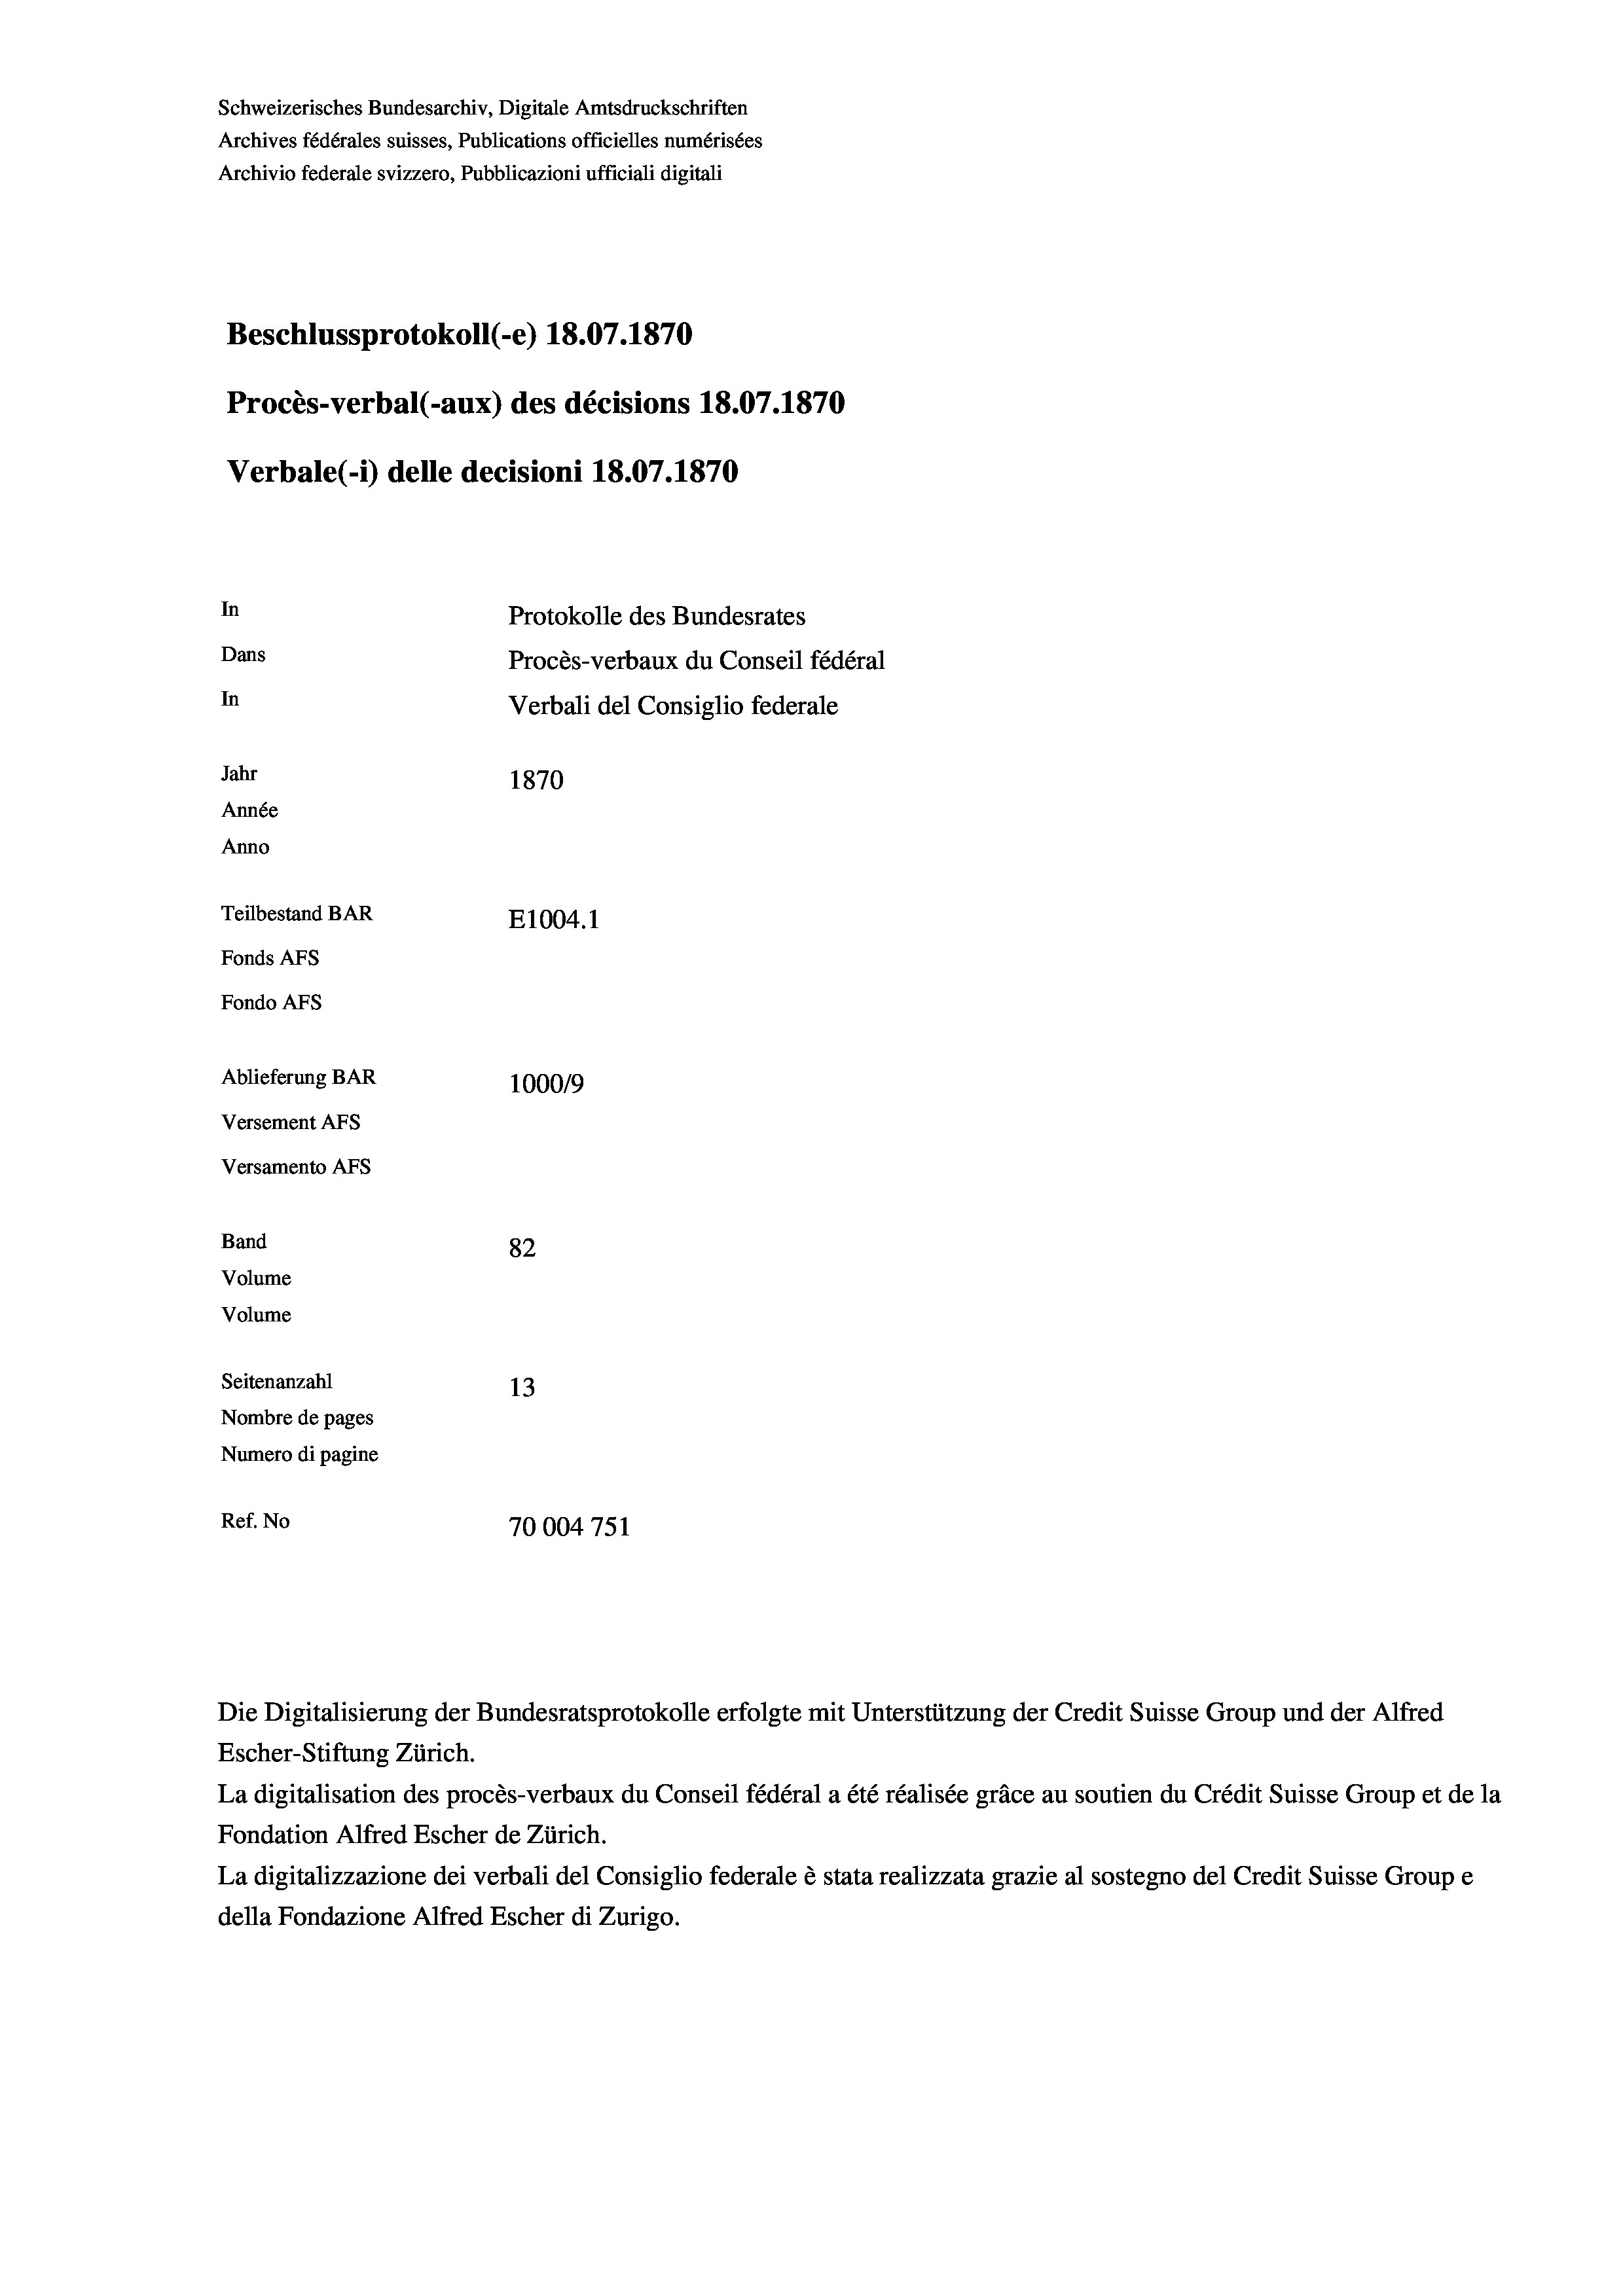
Schweizerisches Bundesarchiv, Digitale Amtsdruckschriften
Archives fédérales suisses, Publications officielles numérisées
Archivio federale svizzero, Pubblicazioni ufficiali digitali
Beschlussprotokoll (-e) 18.07. 1870
Procès-verbal (-aux) des décisions 18.07.1870
Verbale (- 1) delle decisioni 18.07.1870
In
Protokolle des Bundesrates
Dans
Procès-verbaux du Conseil fédéral
In
Verbali del Consiglio federale
Jahr
1870
Année
Anno
Teilbestand BAR
E1004.1
Fonds AFs
Fondo AFs
Ablieferung BAR
1000/9
Versement Abs
Versamento Afs
Band
82
Volume
Volume
Seitenanzahl
13
Nombre de pages
Numero di pagine
Ref. No
70004 751

La digitalisation des procès-verbaux du Conseil fédéral a été réalisée gräce au soutien du Crédit Suisse Group et de la
Fondation Alfred Escher de Zürich.
La digitalizzazione dei verbali del Consiglio federale è stata realizzata grazie al sostegno del Credit Suisse Groupe
della Fondazione Alfred Escher di Zurigo.

Die Digitalisierung der Bundesratsprotokolle erfolgte mit Unterstützung der Credit Suisse Group und der Alfred
Escher-Stiftung Zürich.